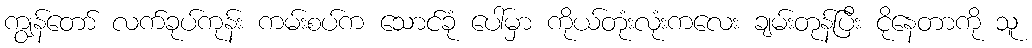
ကျွန်တော် လက်ခုပ်ကုန်း ကမ်းစပ်က သောင်ခုံ ပေါ်မှာ ကိုယ်တုံးလုံးကလေး ချမ်းတုန်ပြီး ငိုနေတာကို သူ